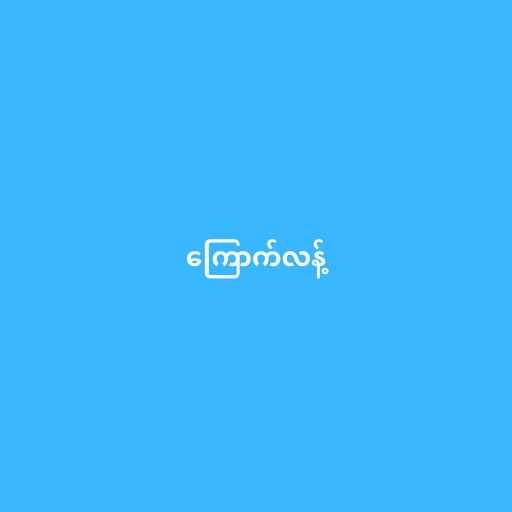
ကြောက်လန့်